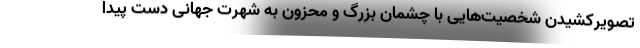
تصویرکشیدن شخصیت‌هایی با چشمان بزرگ و محزون به شهرت جهانی دست پیدا